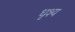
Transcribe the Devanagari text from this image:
धृश्य